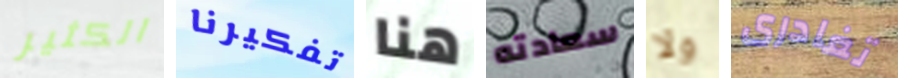
الكثير تفكيرنا هنا سعادته ولا تغادرى